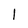
Character: 1